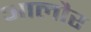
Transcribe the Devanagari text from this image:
आलौर